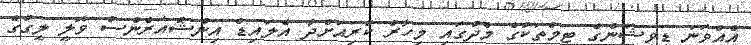
އެއްވަނަ ޑިވިޝަންގެ ޓީމްތަކުގެ މެދުގައި މިހާރު ކުރިއަށްދާ އެލައިޑް އިންޝުއަރެންސް ވޮލީ ލީގުގެ